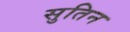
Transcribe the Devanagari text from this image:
सुतिन